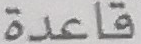
قاعدة